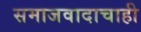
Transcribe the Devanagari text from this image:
समाजवादाचाही